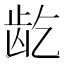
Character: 龁